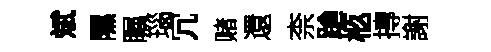
斌隰瞩瑙冗赌還柰蹌柩摶謝